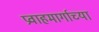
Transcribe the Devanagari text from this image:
प्रवाहमार्गाच्या